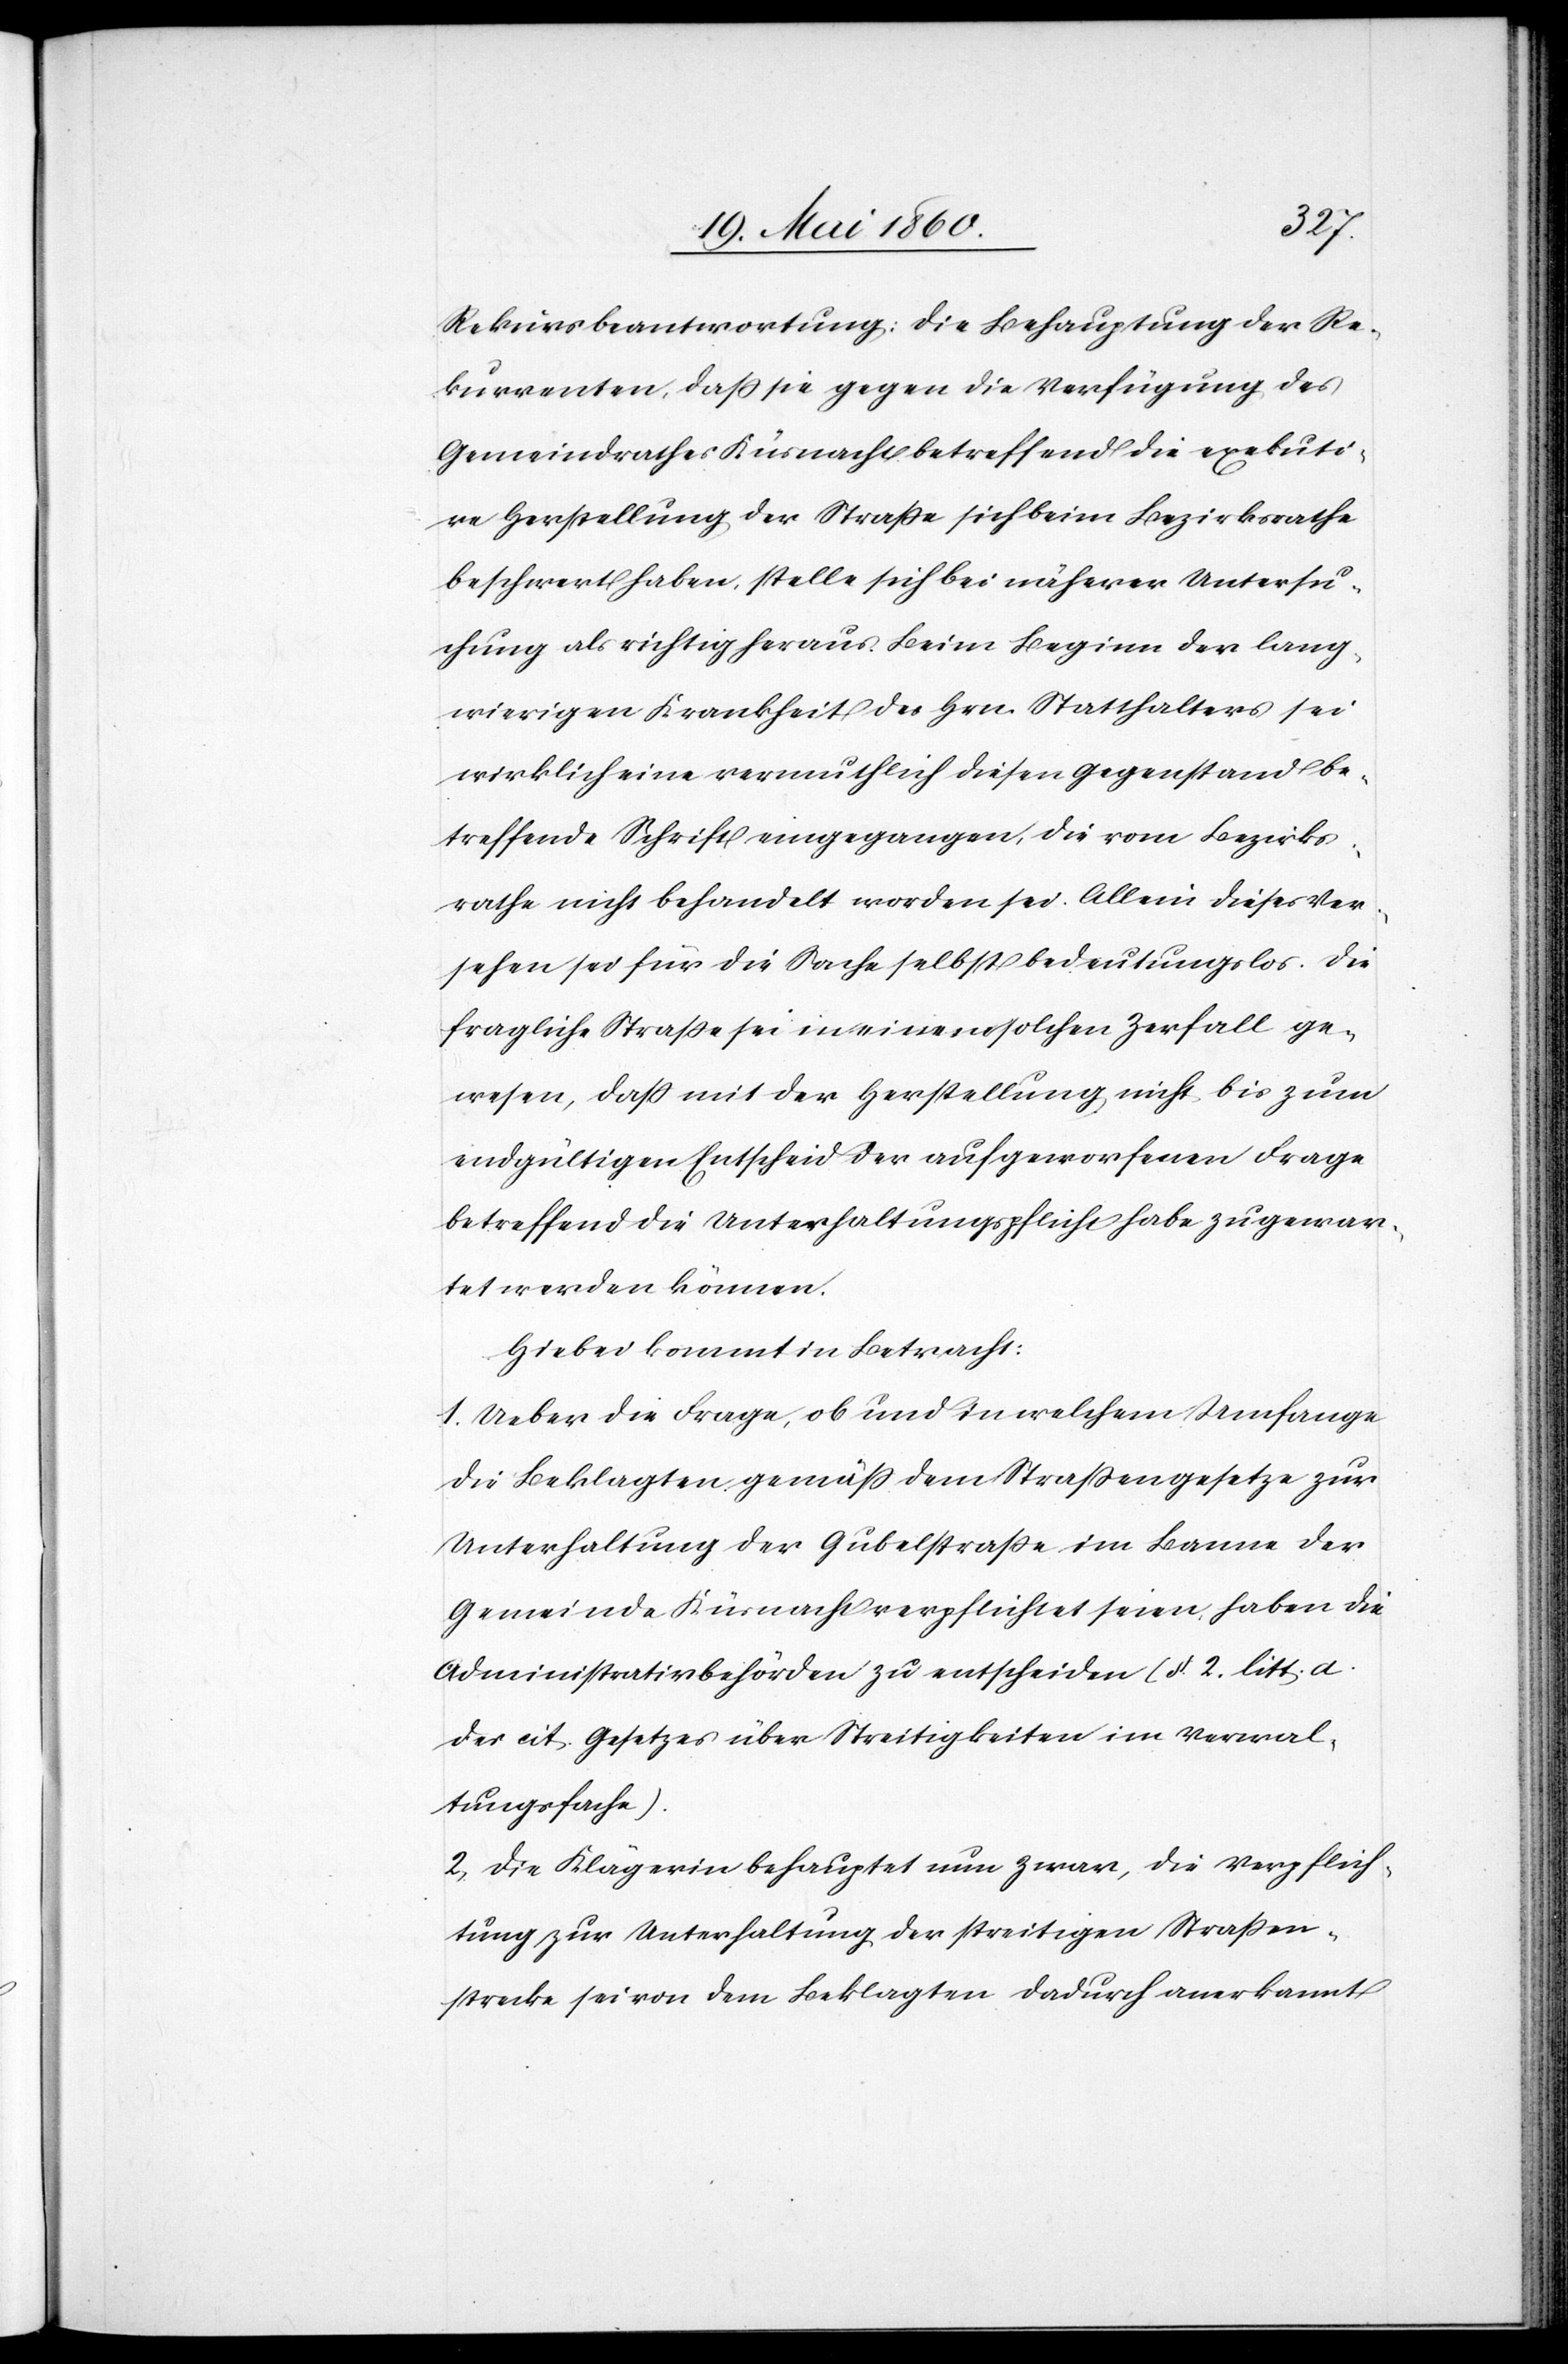
Rekursbeantwortung: Die Behauptung der Re¬
kurrenten, dass sie gegen die Verfügung des
Gemeindrathes Küsnacht betreffend die exekuti¬
ve Herstellung der Strasse sich beim Bezirksrathe
beschwert haben, stelle sich bei näherer Untersu¬
chung als richtig heraus. Beim Beginn der lang¬
wierigen Krankheit des Hrn. Statthalters sei
wirklich eine vermuthlich diesen Gegenstand be¬
treffende Schrift eingegangen, die vom Bezirks¬
rathe nicht behandelt worden sei. Allein dieses Ver¬
sehen sei für die Sache selbst bedeutungslos. Die
fragliche Strasse sei in einem solchen Verfall ge¬
wesen, dass mit der Herstellung nicht bis zum
endgültigen Entscheid der aufgeworfenen Frage
betreffend die Unterhaltungspflicht habe zugewar¬
tet werden können.
Hiebei kommt in Betracht:
1. Ueber die Frage, ob und in welchem Umfange
die Beklagten gemäss dem Strassengesetze zur
Unterhaltung der Gubelstrasse im Banne der
Gemeinde Küsnacht verpflichtet seien, haben die
Administrativbehörden zu entscheiden (§. 2. litt. a.
des cit. Gesetzes über Streitigkeiten im Verwal¬
tungsfache).
2. Die Klägerin behauptet nun zwar, die Verpflich¬
tung zur Unterhaltung der streitigen Strassen¬
strecke sei von dem Beklagten dadurch anerkannt